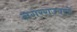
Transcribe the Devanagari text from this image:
नगरराज्याचे